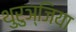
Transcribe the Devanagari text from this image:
थुरुञ्जिया